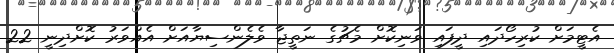
އެޓީމަށް ކުރިހޯދައި ދީފައި ވަނިކޮށް މެޗުގެ ނަތީޖާ ވެލެންސިޔާއަށް އެއްވަރު ކޮށްދިނީ 22